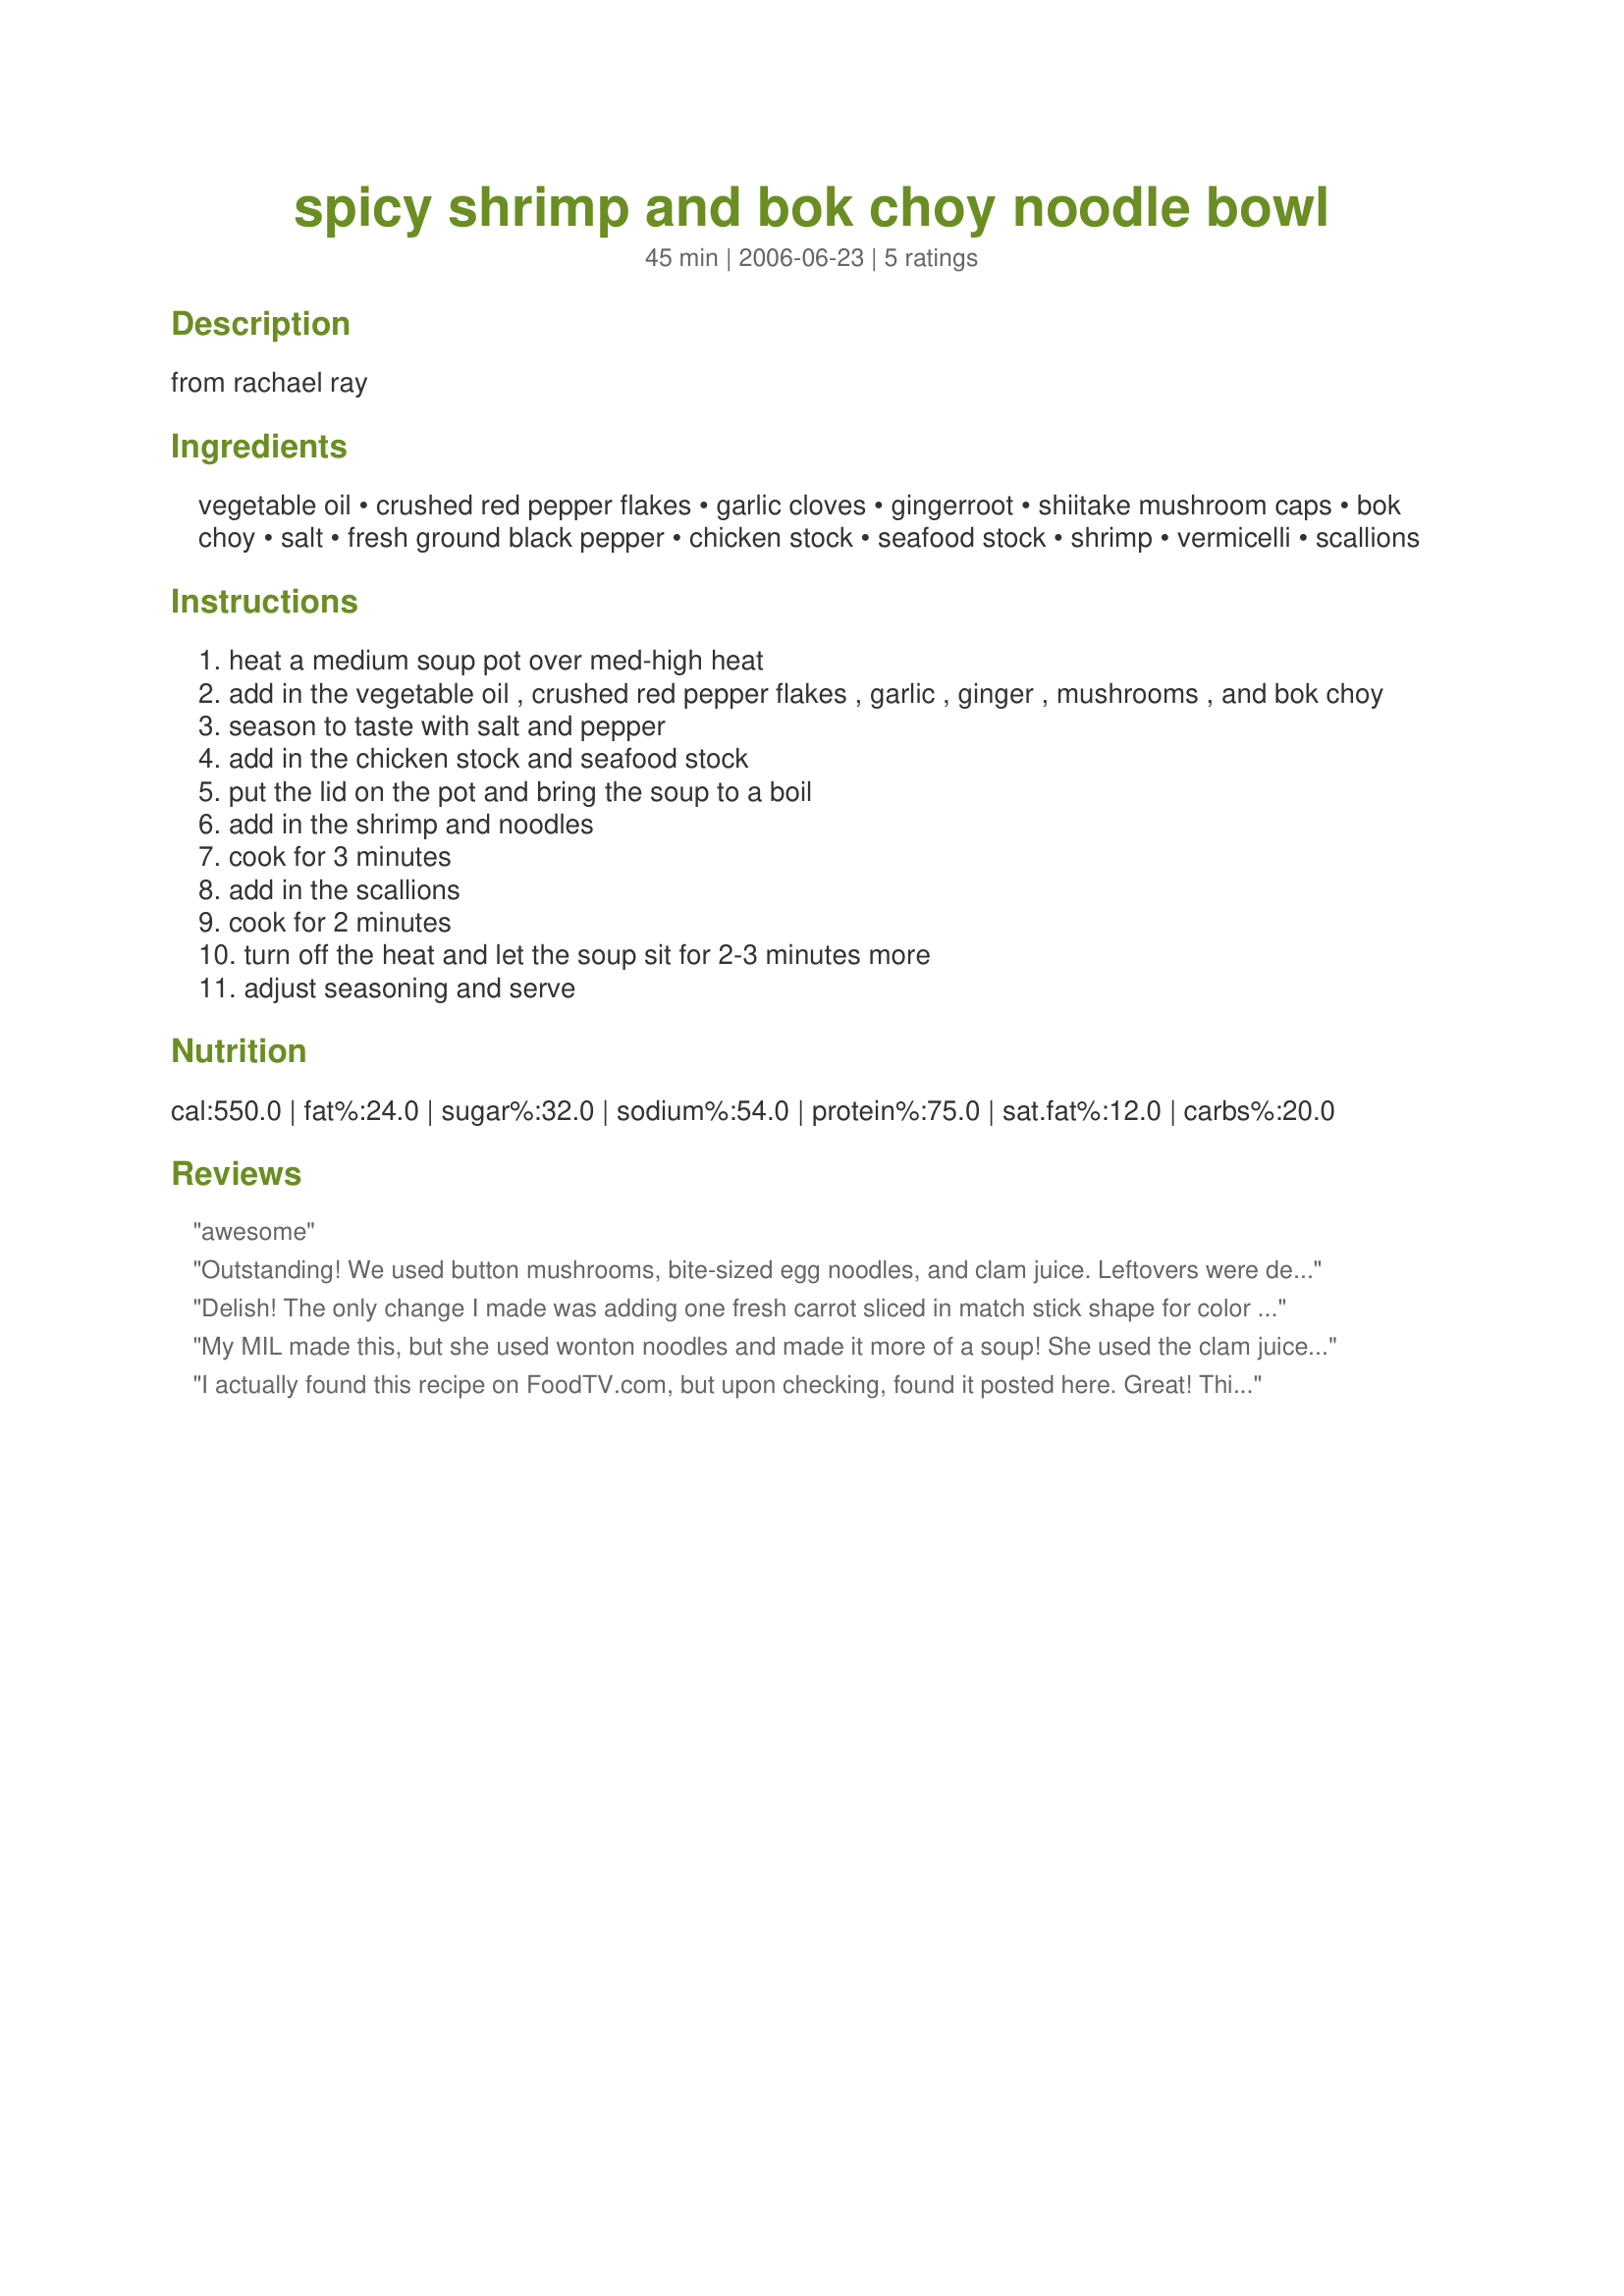
spicy shrimp and bok choy noodle bowl
Preparation time: 45 minutes

from rachael ray

Ingredients:
vegetable oil, crushed red pepper flakes, garlic cloves, gingerroot, shiitake mushroom caps, bok choy, salt, fresh ground black pepper, chicken stock, seafood stock, shrimp, vermicelli, scallions

Steps:
heat a medium soup pot over med-high heat
add in the vegetable oil , crushed red pepper flakes , garlic , ginger , mushrooms , and bok choy
season to taste with salt and pepper
add in the chicken stock and seafood stock
put the lid on the pot and bring the soup to a boil
add in the shrimp and noodles
cook for 3 minutes
add in the scallions
cook for 2 minutes
turn off the heat and let the soup sit for 2-3 minutes more
adjust seasoning and serve

Reviews:
awesome
Outstanding! We used button mushrooms, bite-sized egg noodles, and clam juice. Leftovers were delicious too. If you have homemade broth, it adds so much flavor. Would also be good with broccoli in place of the bok choy.
Delish! The only change I made was adding one fresh carrot sliced in match stick shape for color and sweetness. Also made the shrimp stock from the shells. Oh so good. Will make again.
My MIL made this, but she used wonton noodles and made it more of a soup! She used the clam juice because she couldn't find the seafood stock! I loved it!!
I actually found this recipe on FoodTV.com, but upon checking, found it posted here. Great! This is my preferred site, so I'm glad it's already here. I made this with fine rice sticks instead of vermicelli, used fish sauce instead of salt (but added a good amount of sea salt at the end), and added a drizzle of toasted sesame oil. Also instead of 1 quart of chicken broth and 1 cup of seafood stock, I used 3 cups homemade shrimp broth and 2 cups chicken broth. Delicious! My husband said, "you can make this soup anytime."
